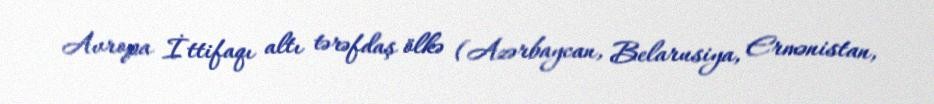
Avropa İttifaqı altı tərəfdaş ölkə (Azərbaycan, Belarusiya, Ermənistan,